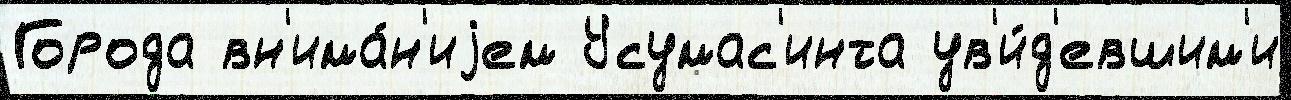
Города вн'има́н'иjем Усумас'инта ув'и́д'евшим'и